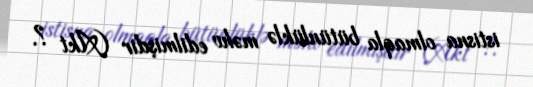
istisna olmaqla bütünlüklə məhv edilmişdir (Akt ?.